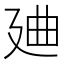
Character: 𱝒